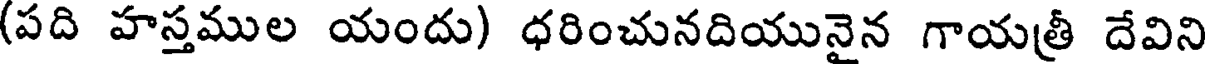
(పది హస్తముల యందు) ధరించునదియునైన గాయత్రీ దేవిని